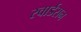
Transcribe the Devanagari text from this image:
स्वार्डसन